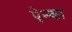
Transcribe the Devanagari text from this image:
ऐन्का